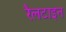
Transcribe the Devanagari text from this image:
रैलटाइन